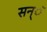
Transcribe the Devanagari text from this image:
सन्ॅ